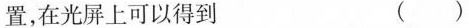
置，在光屏上可以得到 ()